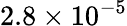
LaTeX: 2.8\times 10^{-5}